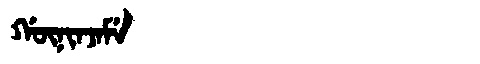
Manchu: ᡤᡡᠨᡳᠨᠵᠠᠮᡝ
Romanization: GŪNINJAME